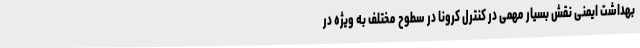
بهداشت ایمنی نقش بسیار مهمی در کنترل کرونا در سطوح مختلف به ویژه در